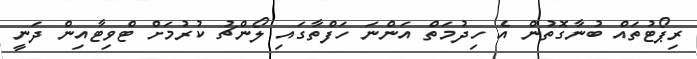
ރިޕޯޓުތައް ބުނާގޮތުން އެ ހިދުމަތް އަންނަ ހަފްތާގައި ލޯންޗު ކުރުމަށް ޓްވިޓާއިން ދަނީ